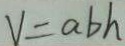
V = a b h